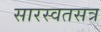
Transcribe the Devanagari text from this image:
सारस्वतसत्र